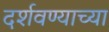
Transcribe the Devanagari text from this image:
दर्शवण्याच्या